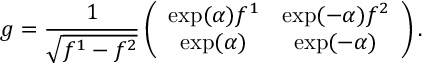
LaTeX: g = \frac { 1 } { \sqrt { f ^ { 1 } - f ^ { 2 } } } \left( \begin{array} { c c } { { \exp ( \alpha ) f ^ { 1 } } } & { { \exp ( - \alpha ) f ^ { 2 } } } \\ { { \exp ( \alpha ) } } & { { \exp ( - \alpha ) } } \end{array} \right) .